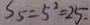
S 5 = 5 ^ { 2 } = 2 5 .